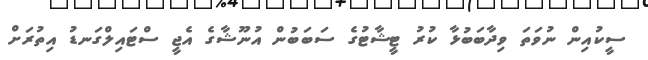
ސީކުއިން ނުވަތަ ވިދާބަބުޅާ ކުރު ޓީޝާޓުގެ ސަބަބުން އުނޫޝާގެ އެޖީ ސްޓައިލްގަނޑު އިތުރަށް